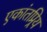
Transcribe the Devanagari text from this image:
एकांतप्र्रिय